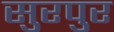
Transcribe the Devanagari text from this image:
सुरपुर